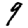
Digit: 9